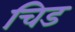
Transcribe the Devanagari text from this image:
चिड